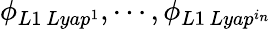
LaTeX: \phi_{L1\, Lyap^{1}},\cdots,\phi_{L1\, Lyap^{i_{n}}}